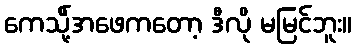
ကေသို့်အဖေကတော့ ဒီလို မမြင်ဘူး။